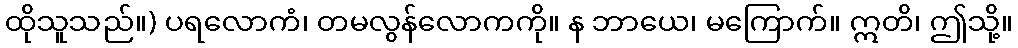
ထိုသူသည်။) ပရလောကံ၊ တမလွန်လောကကို။ န ဘာယေ၊ မကြောက်။ ဣတိ၊ ဤသို့။